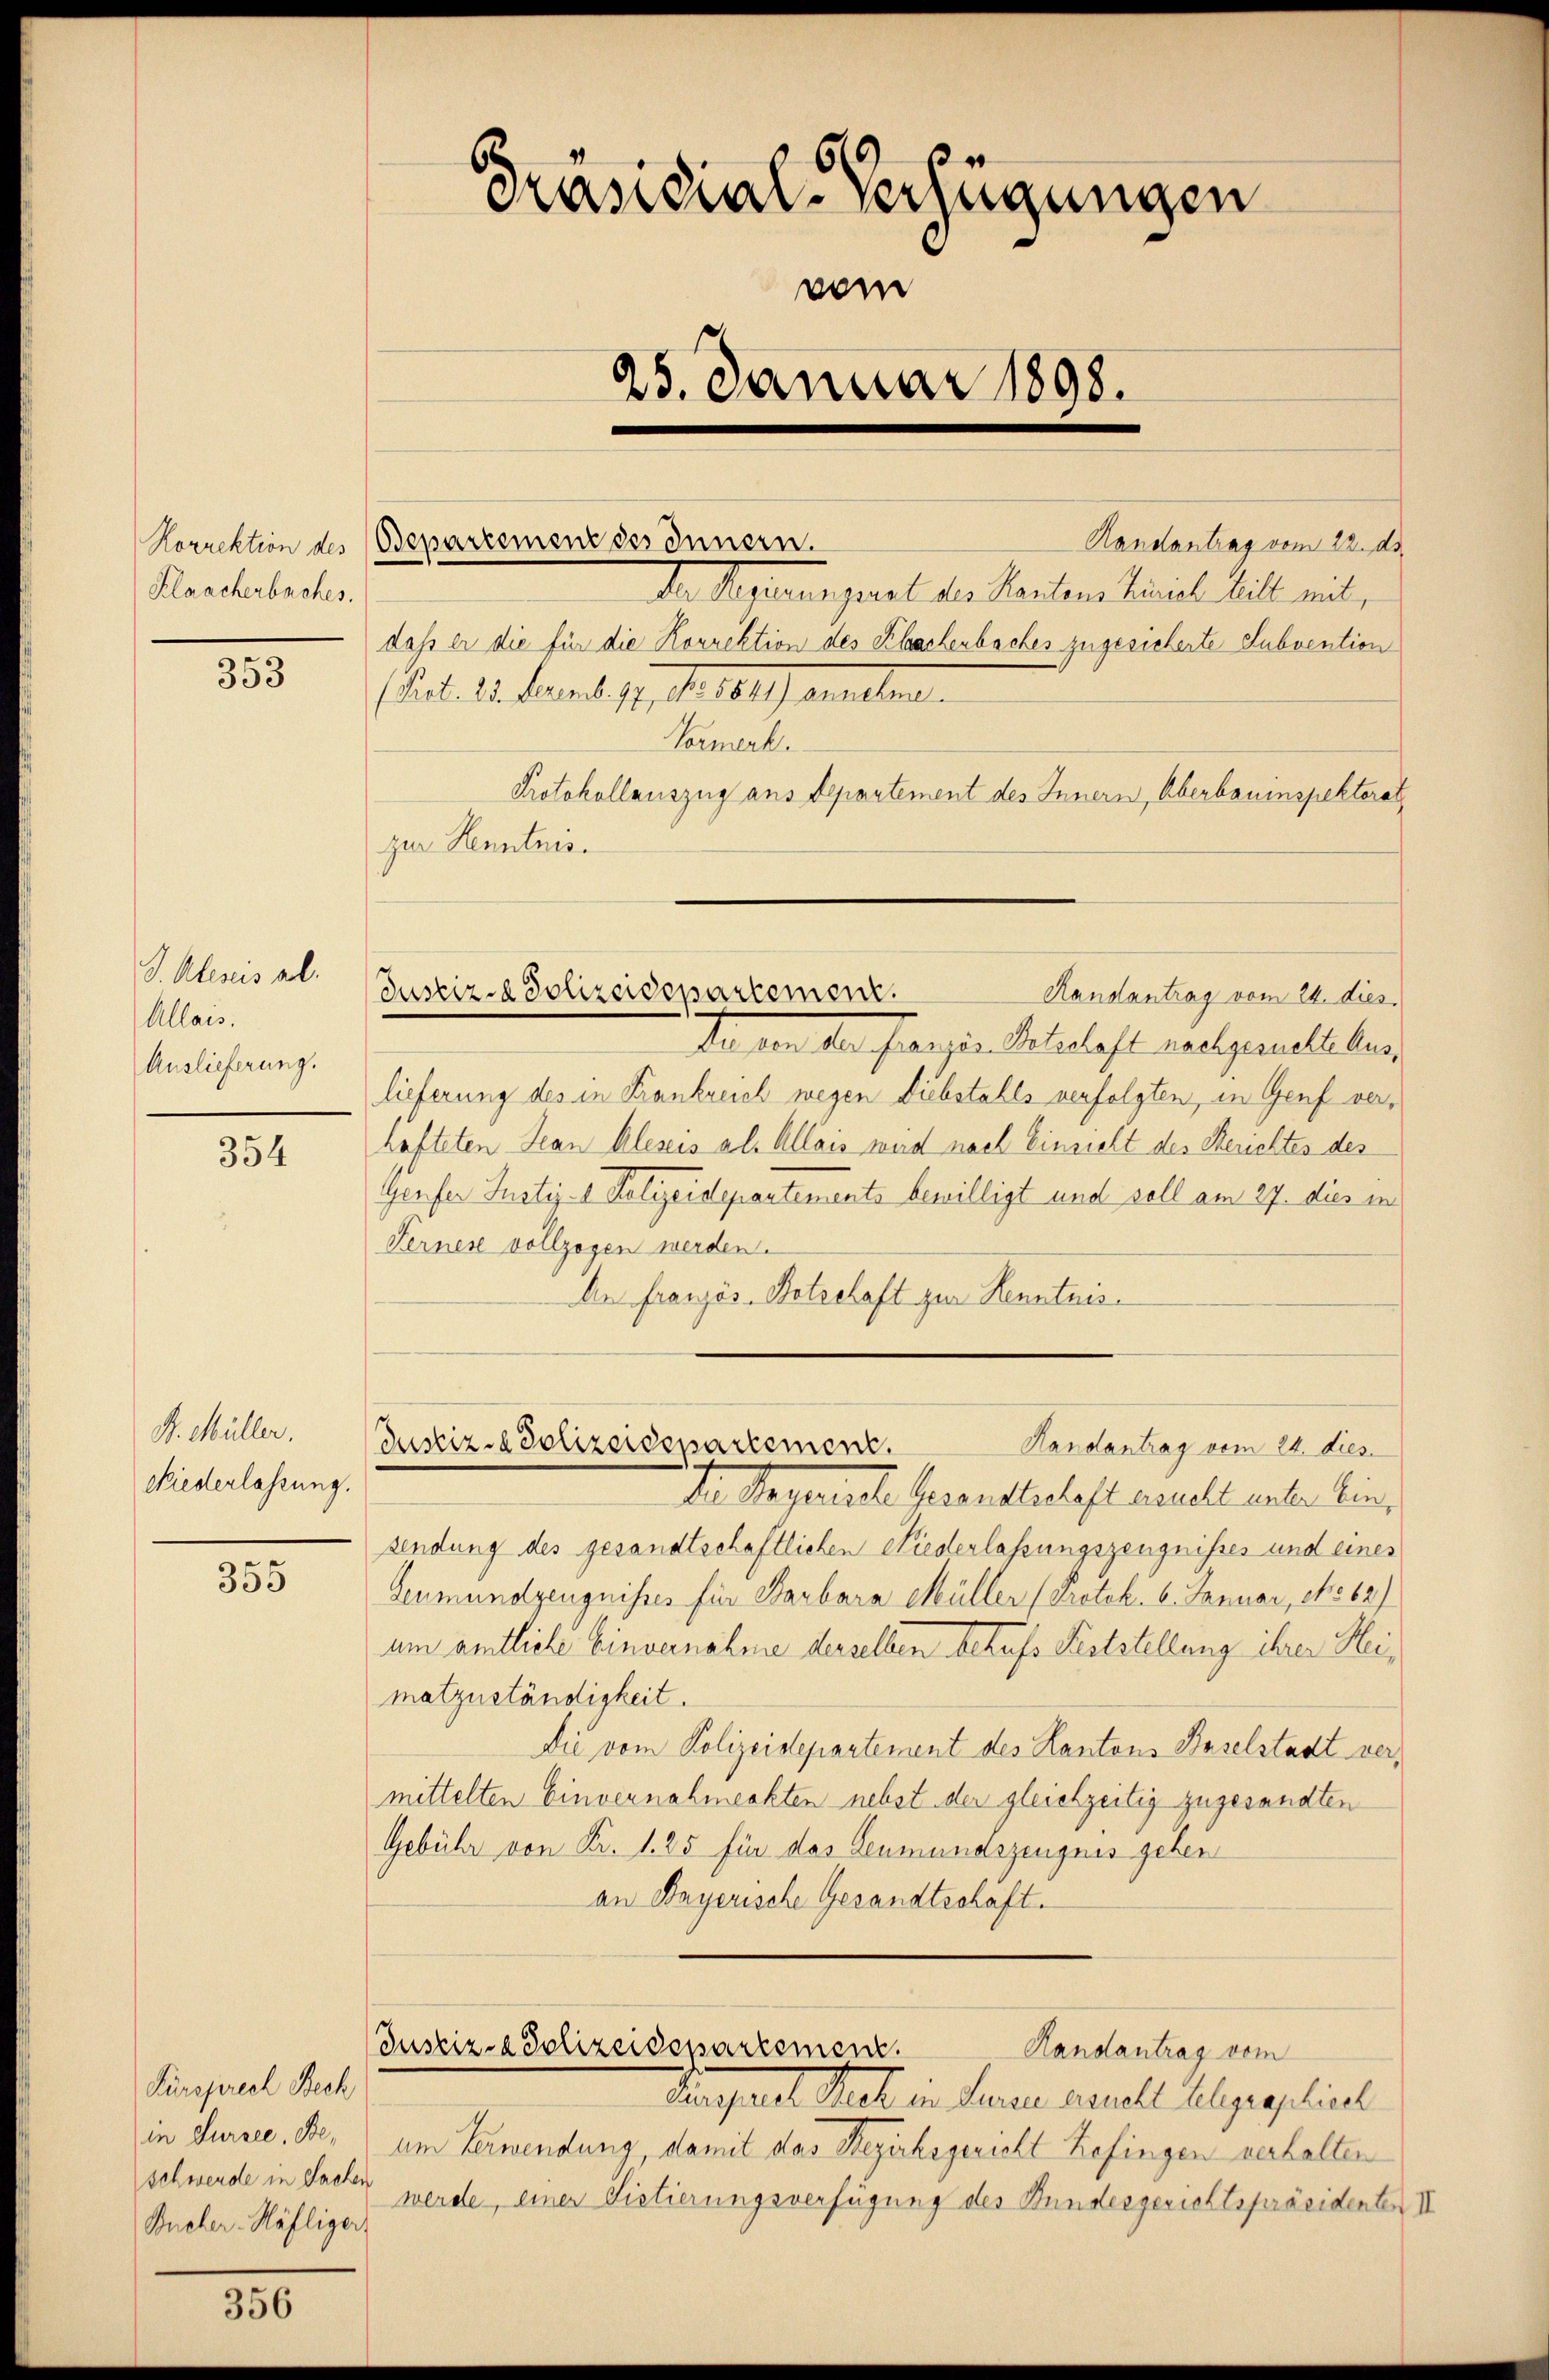
Rorrektion des
Klaacherbaches.

353

S. Alerus ab.
Allais.
Auslieferung.

354

R. Müller.
Niederlassung.

355

356

Präsidial-Verfügungen
vom
25. Januar 1898.

Fürsprech Bech
in Sursee, Beschwerde in Sachen
Bucher-Häfliger

Bepartement des Innern.

Handantrag vom 22. d.
der Aegeres parat die Kantons Serviel Will mit,
daß er die für die Korrektion des Schachenbaches zugesicherte Subvention
 Art. 23. Fand. I, S. 18. Jenselben
Vormerk.
Protokollauszug aus Departement des Innern, Überbauinspektorat
zur Kenntnis.
Aa von der fern in Schalast nachgesuchschen
lieferung des in Frankreich wegen Diebstalls verfolgten, in Genf verhafteten Jean klesis als Alleis wird nach Einsicht des Berichtes des
Genfer Justiz- Polizeidepartements bewilligt und soll am 27. dies in
Ferner vollzogen werden.
An Französ. Botschaft zur Kenntnis.
Justiz-Polizeidepartement.
Handantrag vom 24. dies
Dr. Segensche Herandschaft andelt unter ein,
sendung des gesandtschaftlichen Niederlassungszeugnisses und eines
Leumundzeugnisses für Barbara Müller (Protok. 6. Januar, No 62)
am amtliche Einvernahme derselben behufs Feststellung ihrer Heimatzuständigkeit.
Die vom Polizeidepartement des Kantons Baselstadt vermittelten Einvernahmeckten nebst der gleichzeitig zugesandten
Gebühr von Kr. 1. 25 für das Leumundszeugnis gehen
an Bayerische Gesandtschaft.
Justiz- & Polizeidepartement.
Handantrag vom
Separt sich in Seren anzell Algeglich
am Verwendung, damit das Bezirksgericht Befingen verhalten
werde, einer Sistierungsverfügung des Stundesgerichtspräsidenten III

Justiz - Polizeidepartement.
Randantrag vom 24. dies